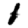
Digit: 1